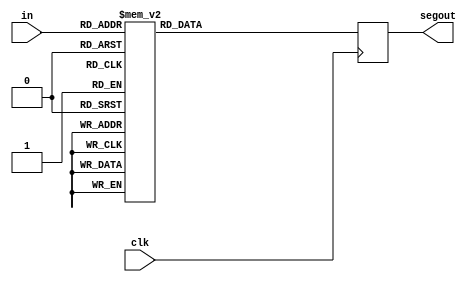
module seg(
  input [3:0]in,
  input clk,
  output reg [7:0] segout
);


always@(posedge clk)begin
	case(in)
		4'b1111:segout<=8'b01110000;
		4'b1110:segout<=8'b01100000;
		4'b1101:segout<=8'b10000100;
		4'b1100:segout<=8'b01100010;
		4'b1011:segout<=8'b11000000;
		4'b1010:segout<=8'b00010000;
		4'b1001:segout<=8'b00011000;
		4'b1000:segout<=8'b00000000;
		4'b0111:segout<=8'b00011110;
		4'b0110:segout<=8'b01000000;
		4'b0101:segout<=8'b01001000;
		4'b0100:segout<=8'b10011000;
		4'b0011:segout<=8'b00001100;
		4'b0010:segout<=8'b00100100;
		4'b0001:segout<=8'b10011110;
		4'b0000:segout<=8'b00000010;
		default:segout<=8'b00000000;
	endcase
end
endmodule